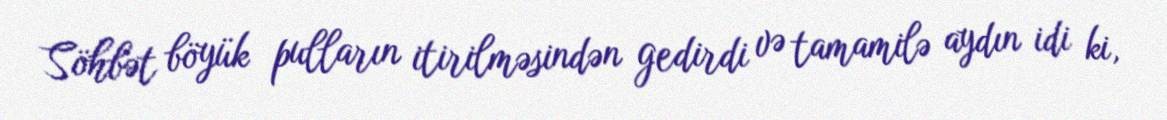
Söhbət böyük pulların itirilməsindən gedirdi və tamamilə aydın idi ki,